Vaccination Hyderabad 1872-1889 - 1872-1889
Year: 1872
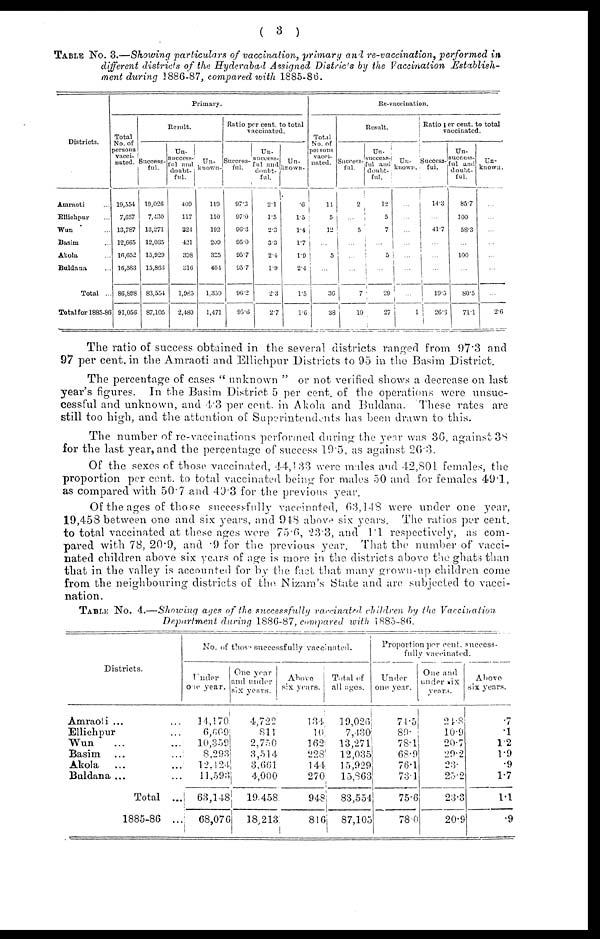
( 3 )
TABLE No. 3.—Showing particulars of vaccination, primary and re-vaccination, performed in
different districts of the Hyderabad Assigned Districts by the Vaccination Establish'
ment during 1886-87, compared with 1885-86.
Districts.
Amraoti ...
Ellichpur ...
Wun ...
Basim ...
Akola ...
Baldana ...
Total ...
Total for 1885-86
Primary.
Total
No. of
persons
vacci-
nated.
19,554
7,657
13,787
12,665
16,652
16,583
86,898
91,056
Result.
Success-
ful.
19,026
7,430
13,271
12,035
15,929
15,863
83,554
87,105
Un-
success-
ful and
doubt-
ful.
409
117
324
421
398
316
1,985
2,480
Un-
known.
119
110
192
209
325
404
1,359
1,471
Ratio per cent. to total
vaccinated.
Success-
ful.
97.3
97.0
96.3
95.0
95.7
95.7
96.2
95.6
Un-
success-
ful and
doubt-
ful.
2.1
1.5
2.3
3.3
2.4
1.9
2.3
2.7
Un-
known.
.6
1.5
1.4
1.7
1.9
2.4
1.5
1.6
Re-vaccination.
Total
No. of
persons
vacci-
nated.
11
5
12
...
5
...
36
38
Result.
Success-
ful.
2
...
5
...
...
...
7
10
Un.-
success-
ful and
doubt-
ful.
12
5
7
...
5
...
29
27
Un-
known.
...
...
...
...
...
...
...
1
Ratio per cent. to total
vaccinated.
Success-
ful.
14.3
...
41.7
...
...
...
19.5
26.3
Un-
success-
ful and
doubt-
ful.
85.7
100
58.3
...
100
...
80.5
71.1
Un-
known.
...
...
...
...
...
...
...
2.6
The ratio of success obtained in the several districts ranged from 97.3 and
97 per cent. in the Amraoti and Ellichpur Districts to 95 in the Basim District.
The percentage of cases " unknown " or not verified shows a decrease on last
year's figures. In the Basim District 5 per cent. of the operations were unsuc-
cessful and unknown, and 4.3 per cent. in Akola and Buldana. These rates are
still too high, and the attention of Superintendents has been drawn to this.
The number of re-vaccinations performed during the year was 36, against 38
for the last year, and the percentage of success 19.5, as against 26.3.
Of the sexes of those vaccinated, 44,133 were males and 42,801 females, the
proportion per cent. to total vaccinated being for males 50 and for females 49.1,
as compared with 50.7 and 49.3 for the previous year.
Of the ages of those successfully vaccinated, 63,148 were under one year,
19,458 between one and six years, and 948 above six years. The ratios per cent.
to total vaccinated at these ages were 75.6, 23.3, and 1.1 respectively, as com-
pared with 78, 20.9, and .9 for the previous year. That the number of vacci-
nated children above six years of age is more in the districts above the ghats than
that in the valley is accounted for by the fact that many grown-up children come
from the neighbouring districts of the Nizam's State and are subjected to vacci-
nation.
TABLE No. 4.—Showing ages of the successfully vaccinated children by the Vaccination
Department during 1886-87, compared with 1885-86.
Districts.
Amraoti ... ...
Ellichpur ... ...
Wun ... ...
Basim ... ...
Akola ... ...
Buldana ... ...
Total ...
1885-86 ...
No. of those successfully vaccinated.
Under
one year.
14,170
6,609
10,359
8,293
12,124
11,593
63,148
68,076
One year
and under
six years.
4,722
811
2,750
3,514
3,661
4,000
19,458
18,213
Above
six years.
184
10
162
228
144
270
948
816
Total of
all ages.
19,026
7,430
13,271
12,035
15,929
15,863
83,554
87,105
Proportion per cent. success-
fully vaccinated.
Under
one year.
74.5
89.
78.1
68.9
76.1
73.1
75.6
78.0
One and
under six
years.
21.8
10.9
20.7
29.2
23.
25.2
23.3
20.9
Above
six years.
.7
.1
1.2
1.9
.9
1.7
1.1
.9